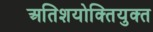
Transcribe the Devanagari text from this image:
अतिशयोक्‍तियुक्‍त